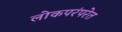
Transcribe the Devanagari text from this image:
लोकपरंपरेत